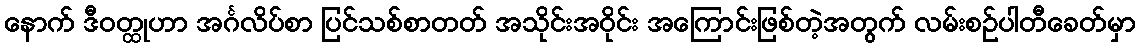
နောက် ဒီဝတ္ထုဟာ အင်္ဂလိပ်စာ ပြင်သစ်စာတတ် အသိုင်းအဝိုင်း အကြောင်းဖြစ်တဲ့အတွက် လမ်းစဉ်ပါတီခေတ်မှာ